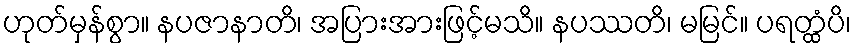
ဟုတ်မှန်စွာ။ နပဇာနာတိ၊ အပြားအားဖြင့်မသိ။ နပဿတိ၊ မမြင်။ ပရတ္ထံပိ၊